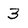
Character: 3